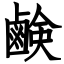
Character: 鹸